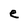
Character: e